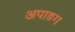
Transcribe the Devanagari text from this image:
अपाङग